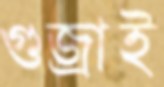
গুজ্‌রাই